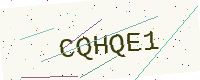
Text: CQHQE1